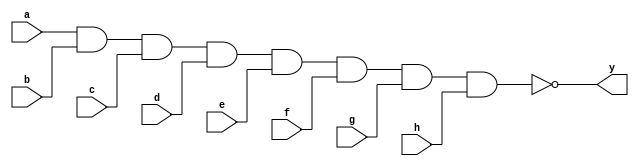
/*
  MIT License

  Copyright (c) 2019 Richard Eng

  Permission is hereby granted, free of charge, to any person obtaining a copy
  of this software and associated documentation files (the "Software"), to deal
  in the Software without restriction, including without limitation the rights
  to use, copy, modify, merge, publish, distribute, sublicense, and/or sell
  copies of the Software, and to permit persons to whom the Software is
  furnished to do so, subject to the following conditions:

  The above copyright notice and this permission notice shall be included in all
  copies or substantial portions of the Software.

  THE SOFTWARE IS PROVIDED "AS IS", WITHOUT WARRANTY OF ANY KIND, EXPRESS OR
  IMPLIED, INCLUDING BUT NOT LIMITED TO THE WARRANTIES OF MERCHANTABILITY,
  FITNESS FOR A PARTICULAR PURPOSE AND NONINFRINGEMENT. IN NO EVENT SHALL THE
  AUTHORS OR COPYRIGHT HOLDERS BE LIABLE FOR ANY CLAIM, DAMAGES OR OTHER
  LIABILITY, WHETHER IN AN ACTION OF CONTRACT, TORT OR OTHERWISE, ARISING FROM,
  OUT OF OR IN CONNECTION WITH THE SOFTWARE OR THE USE OR OTHER DEALINGS IN THE
  SOFTWARE.
*/

/*
  74LS30
  ------
  8-Input NAND Gate

  Pinout
  ------
          _______
         |       |
      a -| 1  14 |- VCC
      b -| 2  13 |- NC
      c -| 3  12 |- h
      d -| 4  11 |- g
      e -| 5  10 |- NC
      f -| 6   9 |- NC
    GND -| 7   8 |- y
         |_______|
*/
`default_nettype none

module ls30
(
    input wire  a, b, c, d, e, f, g, h,
    output wire y
);

assign y = ~(a & b & c & d & e & f & g & h);

endmodule